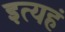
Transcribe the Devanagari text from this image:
इत्यहं